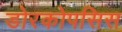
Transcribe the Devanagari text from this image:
डोरकोपसिस